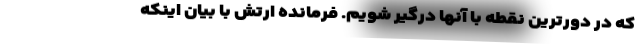
که در دورترین نقطه با آنها درگیر شویم. فرمانده ارتش با بیان اینکه